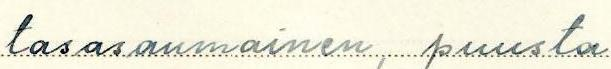
tasasaumainen, puusta